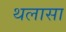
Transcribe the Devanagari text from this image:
थलासा